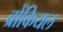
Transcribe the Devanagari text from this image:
ब्रोंकियल